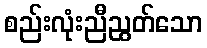
စည်းလုံးညီညွတ်သော